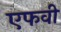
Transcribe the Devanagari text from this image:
एफवी